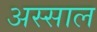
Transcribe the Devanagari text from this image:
अस्साल